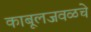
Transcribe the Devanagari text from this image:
काबूलजवळचे